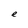
Character: e